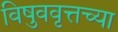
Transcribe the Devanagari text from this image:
विषुववृत्तच्या